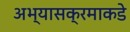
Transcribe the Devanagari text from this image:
अभ्यासक्रमाकडे